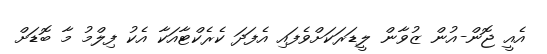
އެއީ ޖޮން-އުން ޒުވާން ލީޑަރަކަށްވެފައި އެފަދަ ކެރެކްޓާއަކާ އެކު ފިލްމު މާ ބޮޑަށް